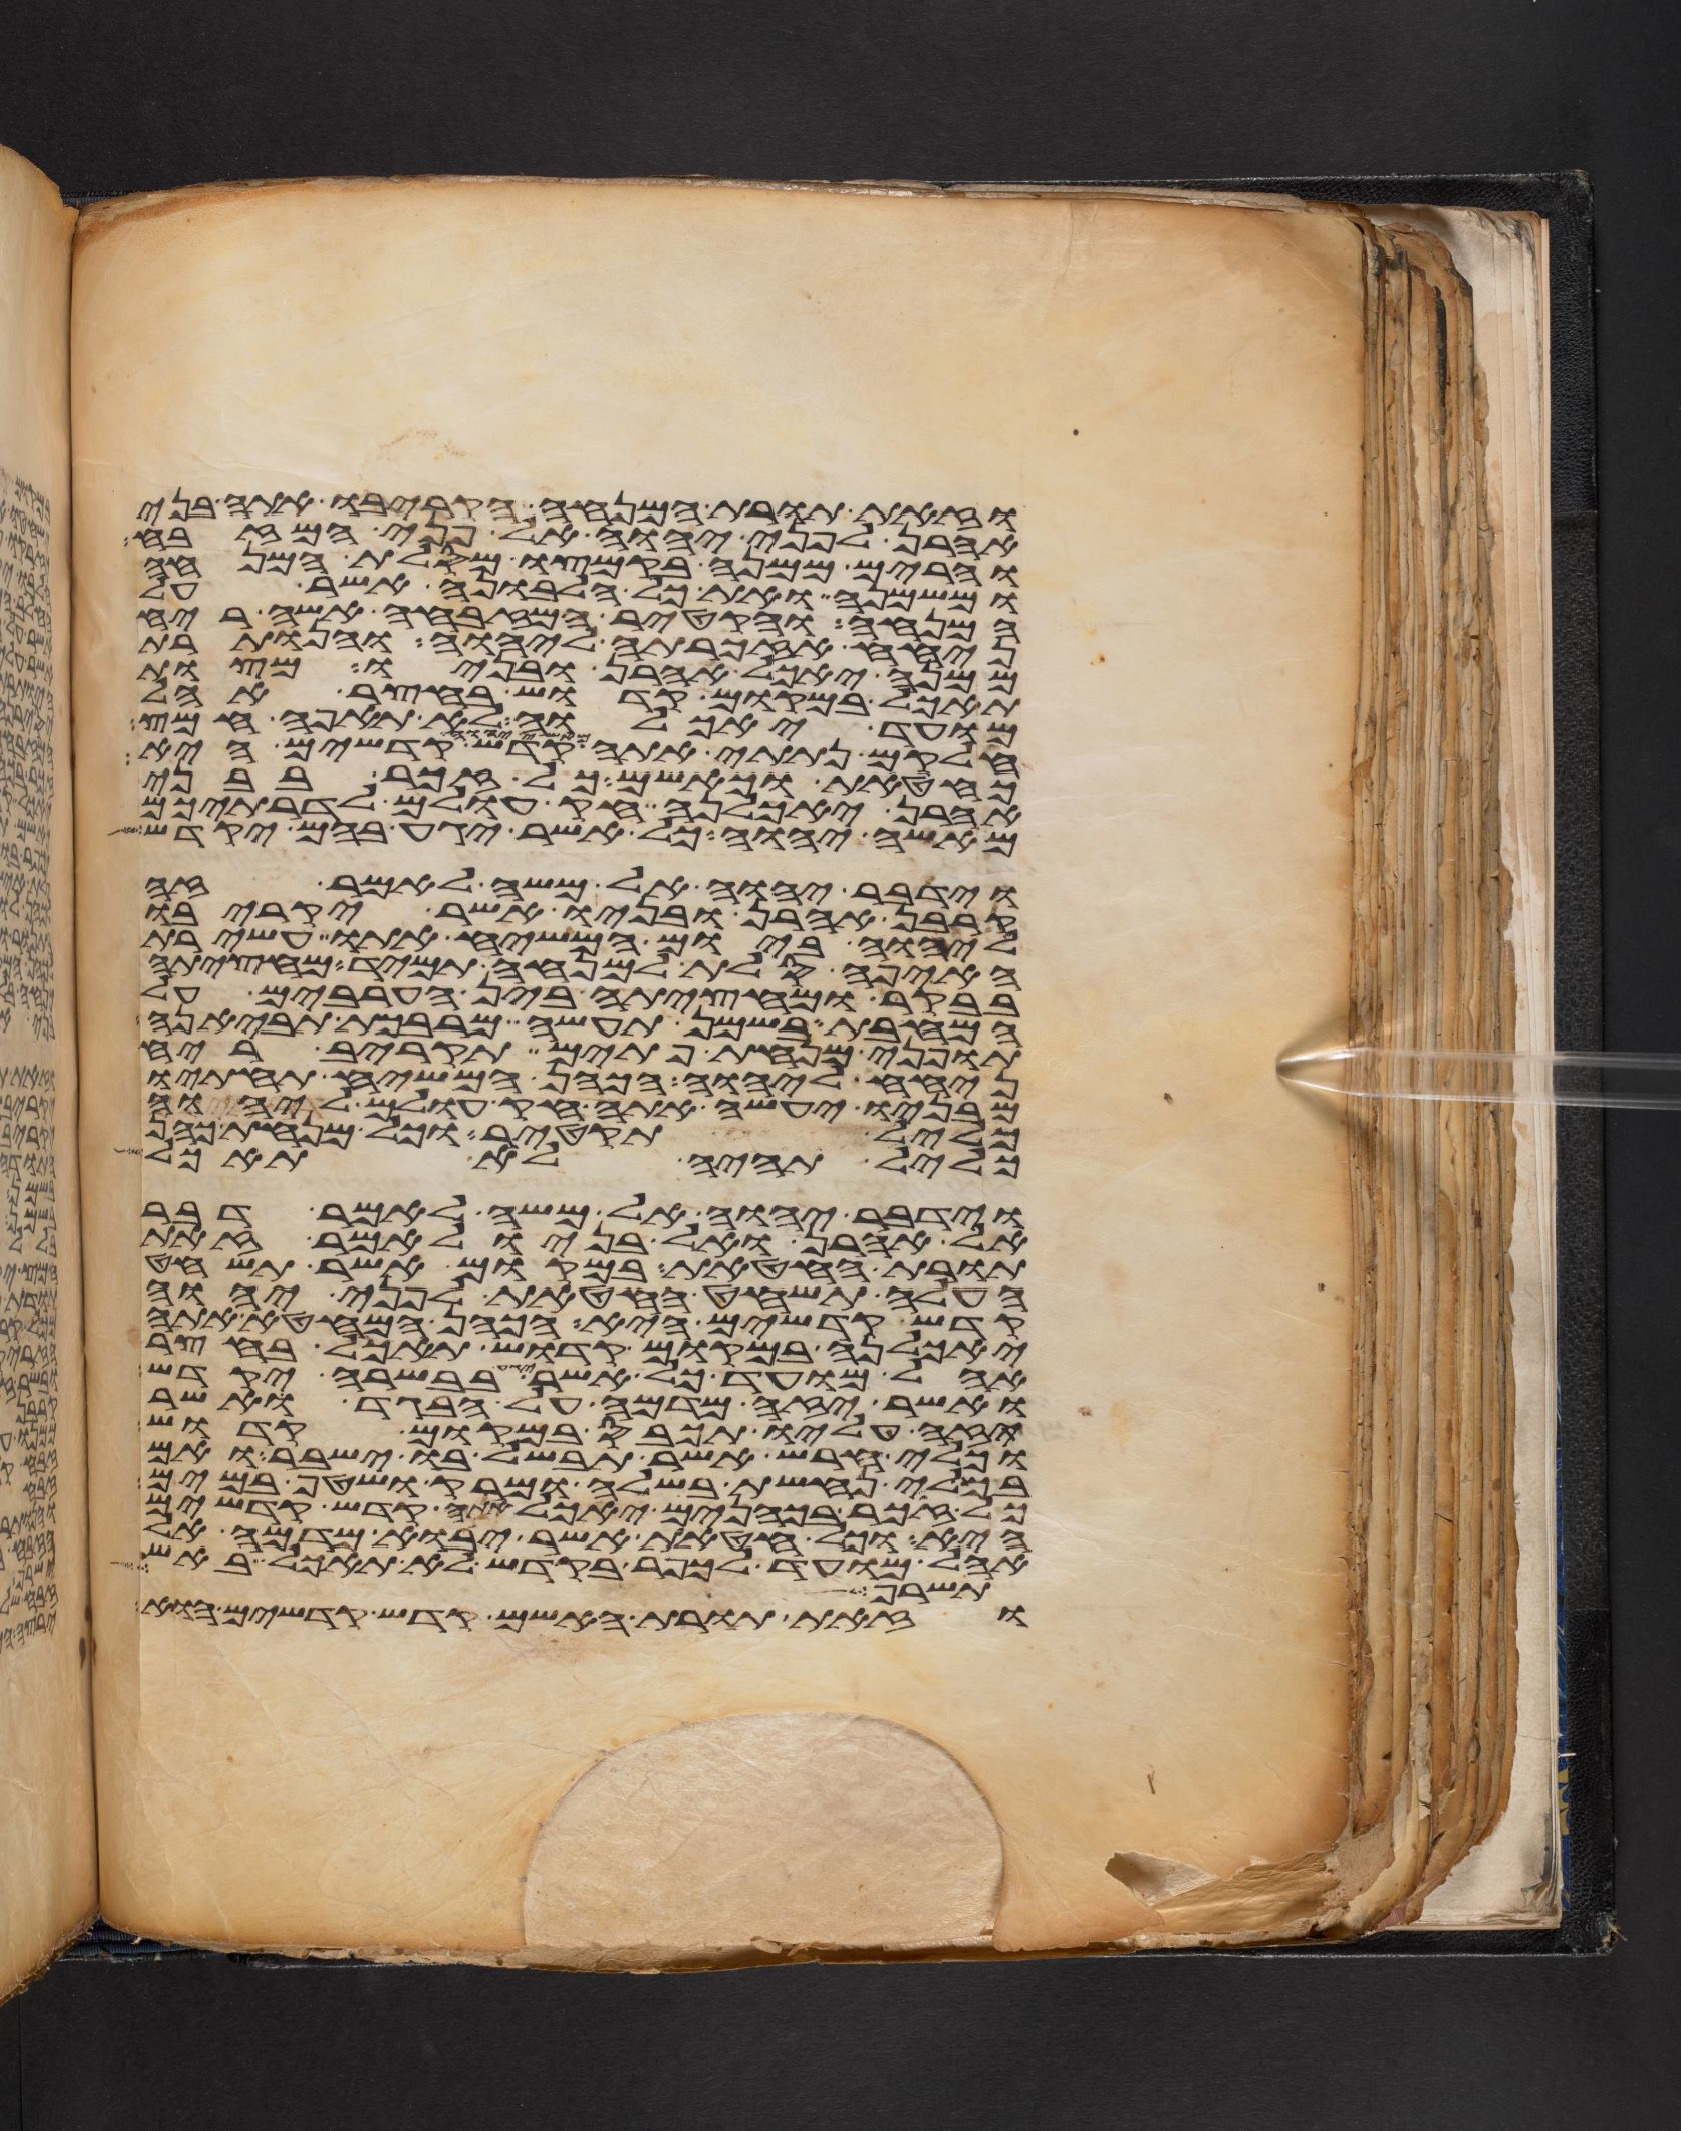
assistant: וזאת תורת המנחה הקריבו אתה בני
אהרן לפני יהוה אל פני המזבח
והרים ממנה בקמצו מסלת המנחה
ומשמנה ואת כל הלבונה אשר על
המנחה והקטיר המזבחה אשה ריח
ניחח אזכרתה ליהוה והנותרת
ממנה יאכל אהרן ובניו מצות
תאכל במקום קדוש בחצר אהל
מועד יאכלוה לא תאפה חמץ
חלקם נתתי אתה מאשי יהוה קדש קדשים היא
כחטאת כאשם כל זכר בבני
אהרן יאכלנה חק עולם לדרתיכם
מאשי יהוה כל אשר יגע בהם יקדש
וידבר יהוה אל משה לאמר זה
קרבן אהרן ובניו אשר יקריבו
ליהוה ביום המשיח אתו עשירת
האיפה סלת למנחה תמיד מחציתה
בבקר ומחציתה בין הערבים על
המחבת בשמן תעשה מרבכת תביאנה
תופני מנחת פתים תקריב ריח
ניחח ליהוה הכהן המשיח תחתיו
מבניו יעשה אתה חק עולם ליהוה
כליל תקטיר וכל מנחת כהן
כליל תהיה לא תאכל
וידבר יהוה אל משה לאמר דבר
אל אהרן ואל בניו לאמר זאת
תורת החטאת במקום אשר תשחט
העלה תשחט החטאת לפני יהוה
קדש קדשים היא הכהן המחטא אתה
יאכלנה במקום קדוש תאכל בחצר
אהל מועד כל אשר יגע בבשרה יקדש
ואשר יזה מדמה על הבגד אשר
תזה עליו יכבס במקום קדוש
וכלי חרש אשר תבשל בו ישבר ואם
בכלי נחשת בשלה ומרק ושטף במים
כל זכר בכהנים יאכל אתה קדש קדשים
היא וכל חטאת אשר יבוא מדמה אל
אהל מועד לכפר בקדש לא תאכל באש
תשרף
וזאת תורת האשם קדש קדשים הוא